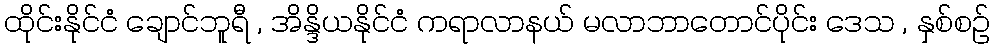
ထိုင်းနိုင်ငံ ချောင်ဘူရီ , အိန္ဒိယနိုင်ငံ ကရာလာနယ် မလာဘာတောင်ပိုင်း ဒေသ , နှစ်စဉ်